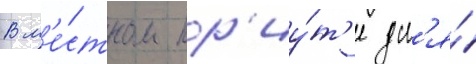
В м'е́стном пр'иу́т'е дл'я́